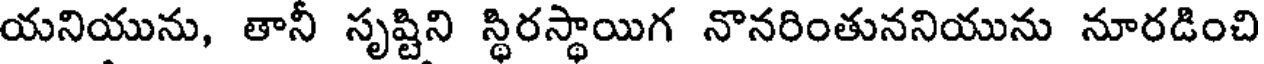
యనియును, తానీ సృష్టిని స్థిరస్థాయిగ నొనరింతుననియును నూరడించి